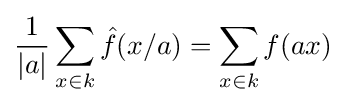
{\frac {1}{|a|}}\sum _{x\in k}{\hat {f}}(x/a)=\sum _{x\in k}f(ax)